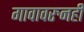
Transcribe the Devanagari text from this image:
गावावरुनही